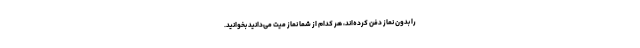
را بدون نماز دفن کرده‌اند، هر کدام از شما نماز میت می‌دانید بخوانید.